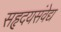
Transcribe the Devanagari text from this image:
सहृदयसंवेद्य